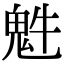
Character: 𩲍